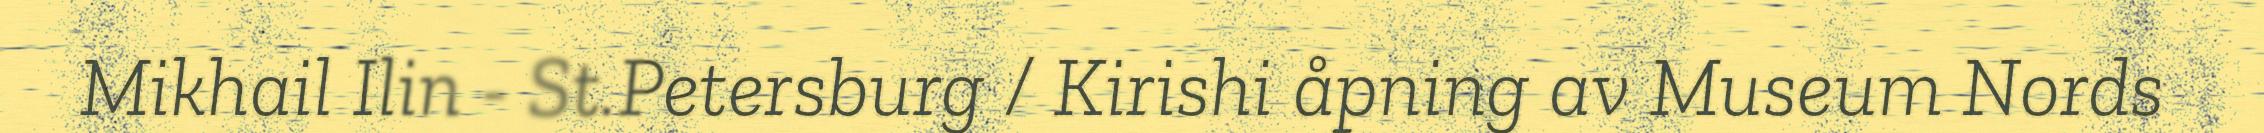
Mikhail Ilin - St.Petersburg / Kirishi åpning av Museum Nords